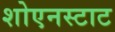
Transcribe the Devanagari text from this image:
शोएनस्टाट